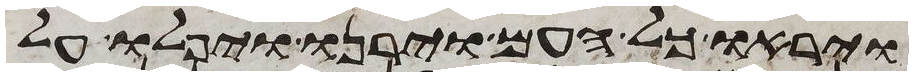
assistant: ויראו כל העם וירנו ויפלו על